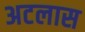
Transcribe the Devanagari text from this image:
अटलास